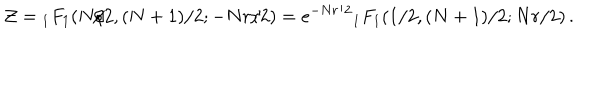
{ \cal Z } = { } _ { 1 } F _ { 1 } ( N / 2 , ( N + 1 ) / 2 ; - N r / 2 ) = e ^ { - N r / 2 } { } _ { 1 } F _ { 1 } ( 1 / 2 , ( N + 1 ) / 2 ; N r / 2 ) \, .